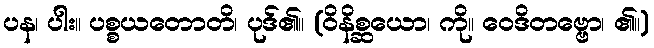
ပန၊ ပါး။ ပစ္စယတောတိ၊ ပုဒ်၏။ (ဝိနိစ္ဆယော၊ ကို။ ဝေဒိတဗ္ဗော၊ ၏။)